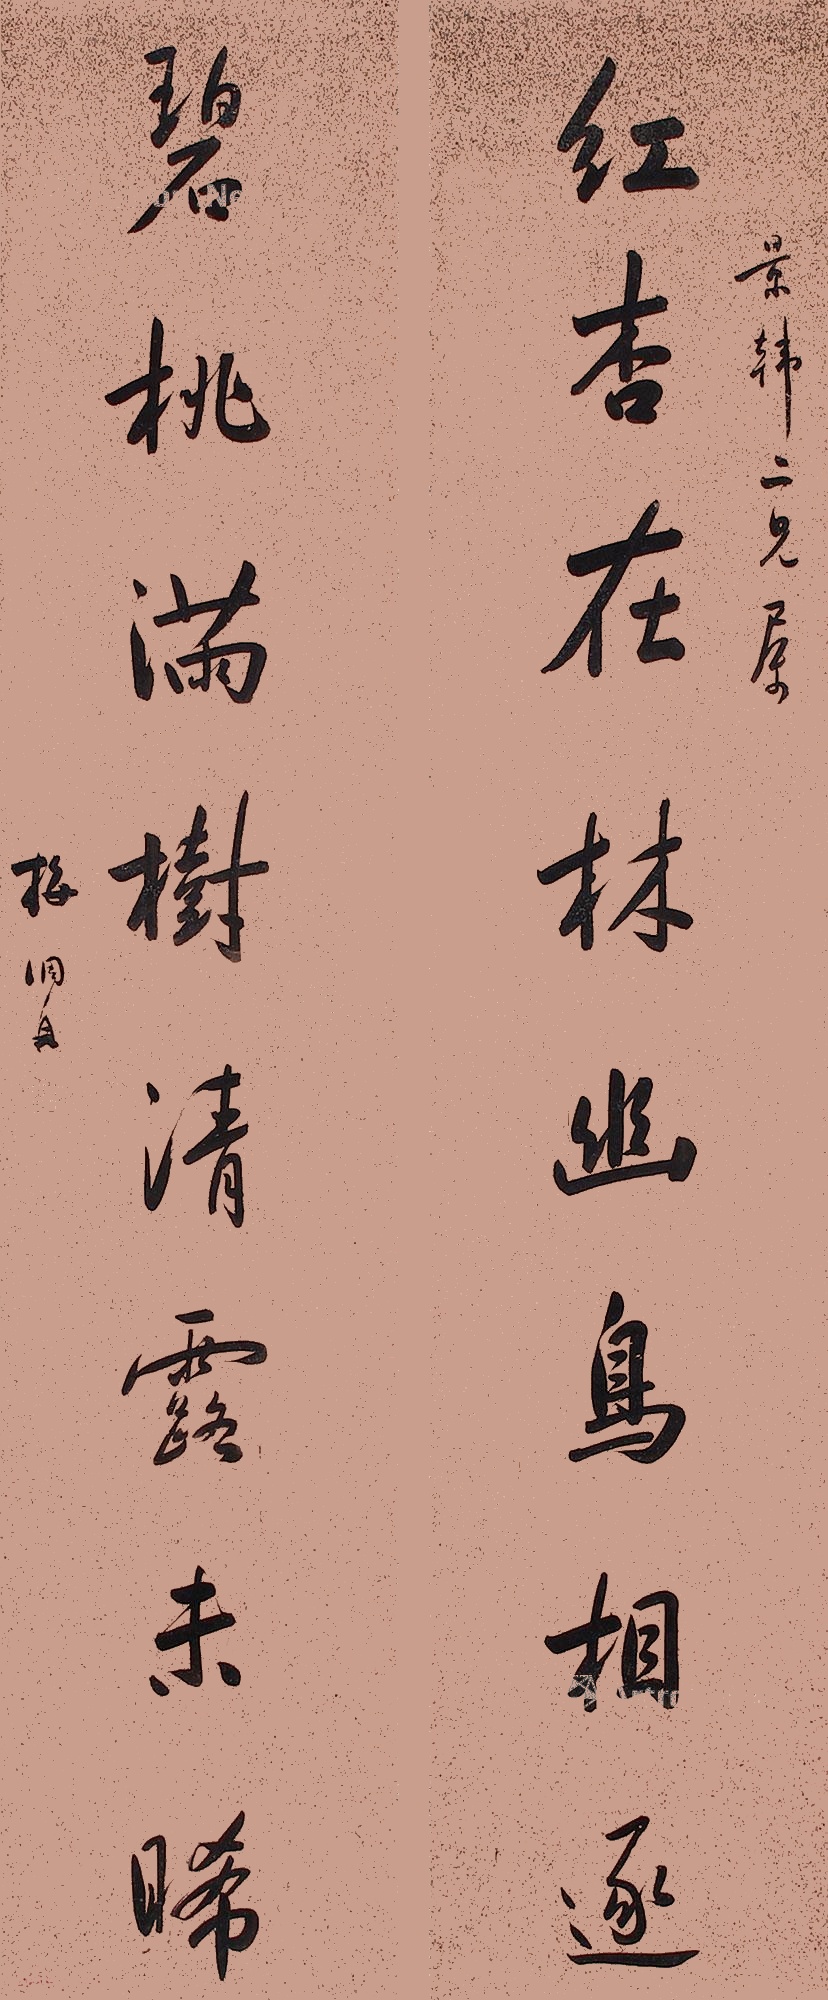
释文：红杏在林幽鸟相逐，碧桃满树清露未晞。景韩二兄属，梅调鼎。